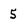
Character: 5